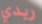
ريدي